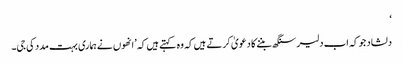
‘
دلشاد جو کہ اب دلیر سنگھ بننے کا دعویٰ کرتے ہیں کہ وہ کہتے ہیں کہ ’انھوں نے ہماری بہت مدد کی جی۔